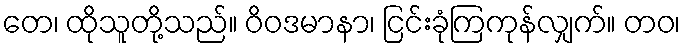
တေ၊ ထိုသူတို့သည်။ ဝိဝဒမာနာ၊ ငြင်းခုံကြကုန်လျှက်။ တဝ၊